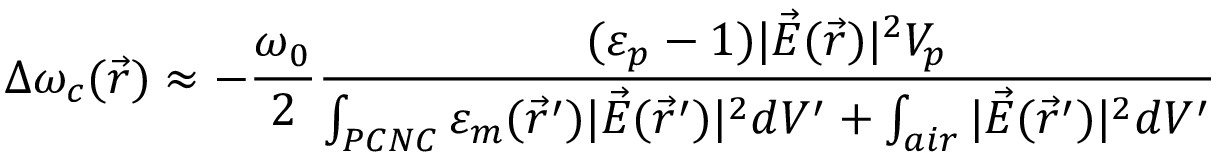
\Delta \omega _ { c } ( \vec { r } ) \approx - \frac { \omega _ { 0 } } { 2 } \frac { ( \varepsilon _ { p } - 1 ) | \vec { E } ( \vec { r } ) | ^ { 2 } V _ { p } } { \int _ { P C N C } \varepsilon _ { m } ( \vec { r } ^ { \prime } ) | \vec { E } ( \vec { r } ^ { \prime } ) | ^ { 2 } d V ^ { \prime } + \int _ { a i r } | \vec { E } ( \vec { r } ^ { \prime } ) | ^ { 2 } d V ^ { \prime } }